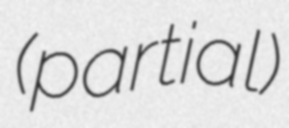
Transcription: (partial)